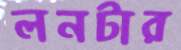
লনটার